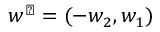
w ^ { \perp } = ( - w _ { 2 } , w _ { 1 } )